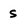
Character: s